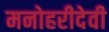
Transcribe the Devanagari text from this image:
मनोहरीदेवी